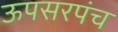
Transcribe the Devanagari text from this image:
ऊपसरपंच